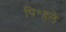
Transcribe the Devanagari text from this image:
पि॰हले